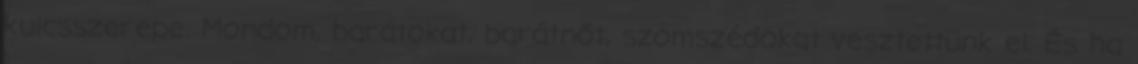
kulcsszerepe. Mondom, barátokat, barátnőt, szomszédokat vesztettünk el. És ha